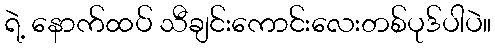
ရဲ့ နောက်ထပ် သီချင်းကောင်းလေးတစ်ပုဒ်ပါပဲ။